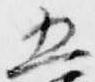
五